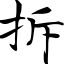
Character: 拆